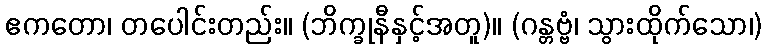
ဧကတော၊ တပေါင်းတည်း။ (ဘိက္ခုနီနှင့်အတူ)။ (ဂန္တဗ္ဗံ၊ သွားထိုက်သော၊)